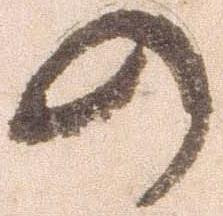
の